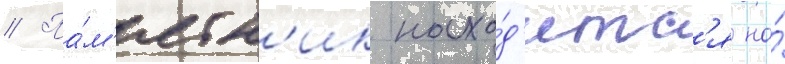
// Па́м'ятн'ик нахо́д'итс'я на́